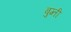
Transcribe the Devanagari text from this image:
बुग्ती